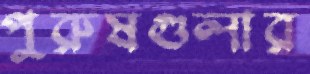
পুরুষগুলার